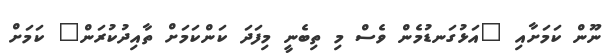
ނޫން ކަމަށާއި "އަޅުގަނޑުމެން ވެސް މި ތިބެނީ މިފަދަ ކަންކަމަށް ތާއިދުކުރަން" ކަމަށް